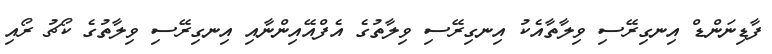
ފާޑިނަންޑް އިނގިރޭސި ވިލާތާއެކު އިނގިރޭސި ވިލާތުގެ އެފްއޭއިންނާއި އިނގިރޭސި ވިލާތުގެ ކޯޗު ރޯއި